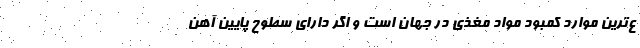
ع‌ترین موارد کمبود مواد مغذی در جهان است و اگر دارای سطوح پایین آهن